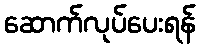
ဆောက်လုပ်ပေးရန်